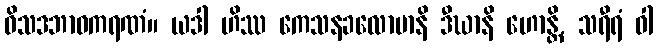
ဝိသဒဘာဝကရဏံ။ ယဒါ ဟိဿ ကေသနခလောမာနိ ဒီဃာနိ ဟောန္တိ, သရီရံ ဝါ